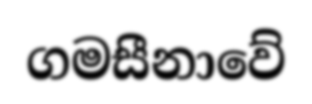
ගමසීනාවේ